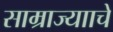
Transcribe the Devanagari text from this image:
साम्राज्यााचे